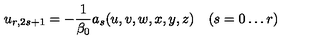
u _ { r , 2 s + 1 } = - \frac { 1 } { \beta _ { 0 } } a _ { s } ( u , v , w , x , y , z ) \quad ( s = 0 \ldots r )